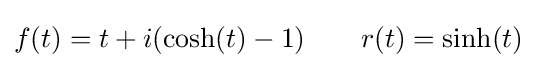
f(t)=t+i(\cosh(t)-1)\qquad r(t)=\sinh(t)